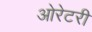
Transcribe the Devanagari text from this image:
ओरेटरी